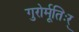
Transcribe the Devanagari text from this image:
गुरोर्मूतिःर्